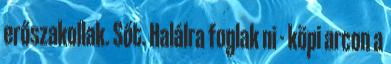
erőszakollak. Sőt. Halálra foglak ni - köpi arcon a